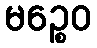
မဉ္စေဝ